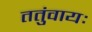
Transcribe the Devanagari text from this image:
ततुंवायः